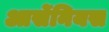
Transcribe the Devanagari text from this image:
आर्सेनियस